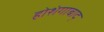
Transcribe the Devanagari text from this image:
होशंगाबाद्